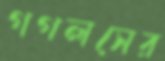
গগলসের